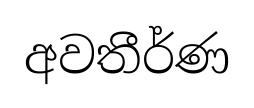
අවතීර්ණ